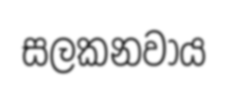
සලකනවාය